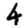
Digit: 4